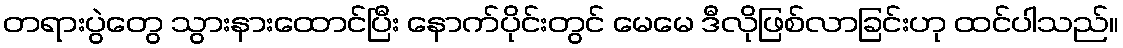
တရားပွဲတွေ သွားနားထောင်ပြီး နောက်ပိုင်းတွင် မေမေ ဒီလိုဖြစ်လာခြင်းဟု ထင်ပါသည်။